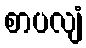
စာပလျံ